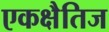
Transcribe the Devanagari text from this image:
एकक्षैतिज